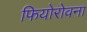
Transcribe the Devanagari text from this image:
फियोरोवना